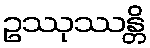
ဥဿုဿန္တိ